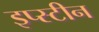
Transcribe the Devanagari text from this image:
इप्स्टीन